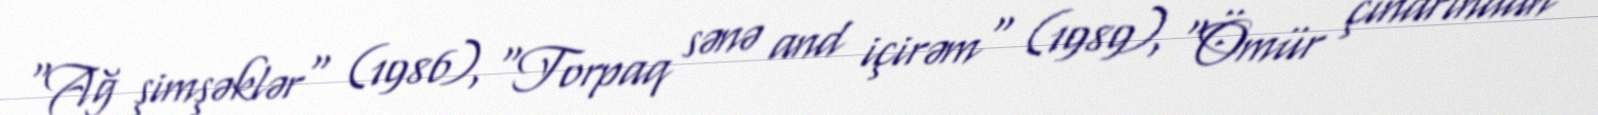
"Ağ şimşəklər" (1986), "Torpaq sənə and içirəm" (1989), "Ömür çinarından